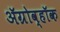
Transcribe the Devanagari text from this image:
ॲग्रोव्हॉक